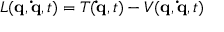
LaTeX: L ( \mathbf { q } , \mathbf { \dot { q } } , t ) = T ( \mathbf { \dot { q } } , t ) - V ( \mathbf { q } , \mathbf { \dot { q } } , t )